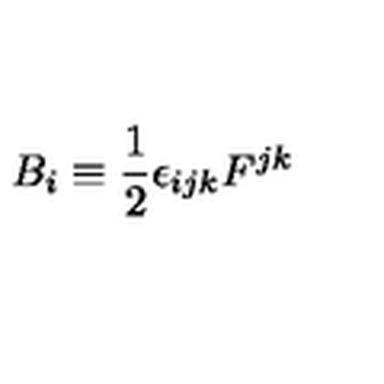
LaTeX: B _ { i } \equiv \frac { 1 } { 2 } \epsilon _ { i j k } F ^ { j k }